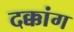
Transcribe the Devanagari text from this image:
दक्कांग